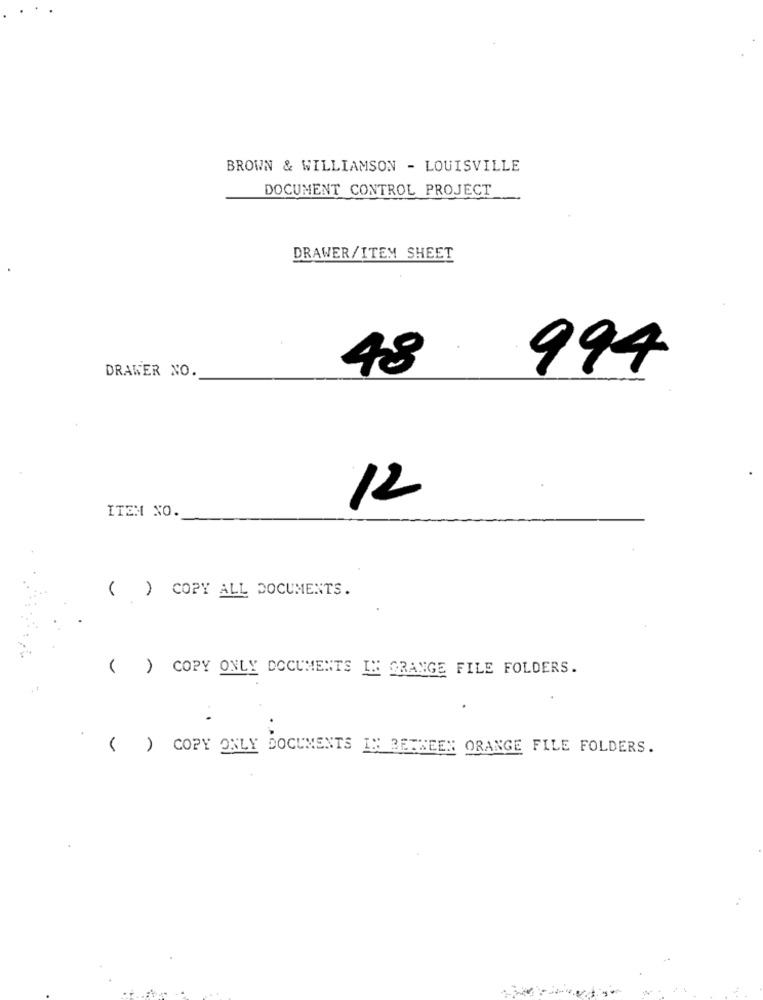
BROWN & WILLIAMSON - LOUISVILLE
DOCUMENT CONTROL PROJECT
DRAWER/ITEM SHEET
48
994
DRAWER NO.
12
ITEM NO.
( ) COPY ALL DOCUMENTS.
( ) COPY ONLY DOCUMENTS IN GRANGE FILE FOLDERS.
( ) COPY ONLY DOCUMENTS IN BETWEEN ORANGE FILE FOLDERS.